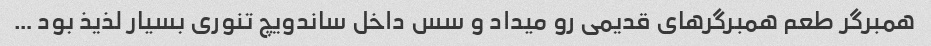
همبرگر طعم همبرگرهای قدیمی رو میداد و سس داخل ساندویچ تنوری بسیار لذیذ بود …